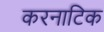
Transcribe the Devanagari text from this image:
करनाटिक